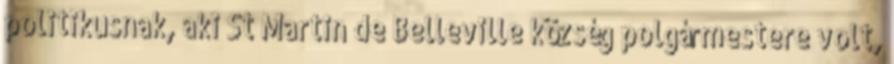
politikusnak, aki St Martin de Belleville község polgármestere volt,